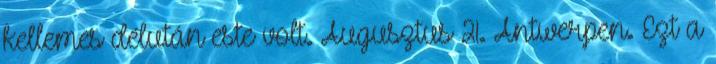
kellemes délután este volt. Augusztus 21. Antwerpen. Ezt a